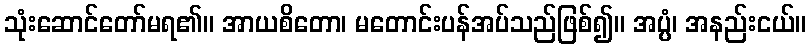
သုံးဆောင်တော်မရ၏။ အာယစိတော၊ မတောင်းပန်အပ်သည်ဖြစ်၍။ အပ္ပံ၊ အနည်းငယ်။